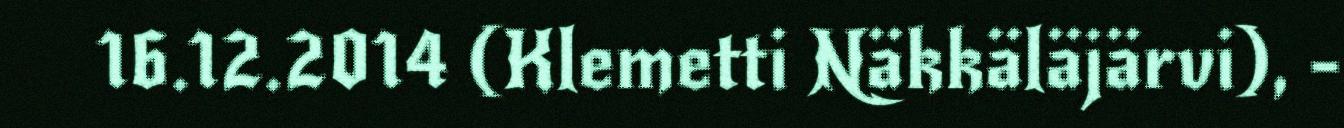
16.12.2014 (Klemetti Näkkäläjärvi), -